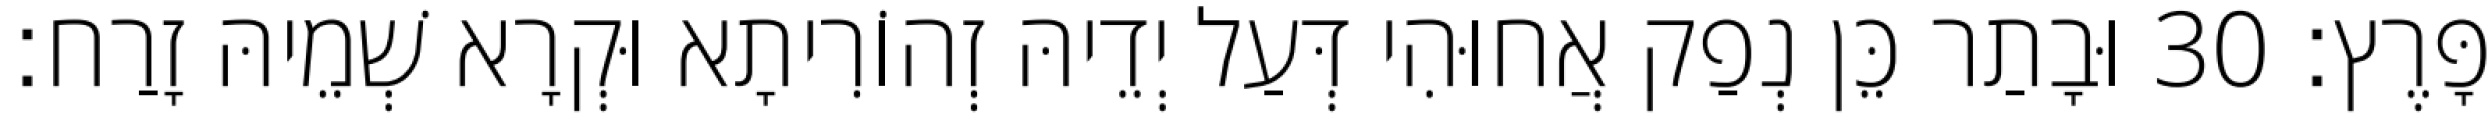
פָּרֶץ׃ 30 וּבָתַר כֵּן נְפַק אֲחוּהִי דְּעַל יְדֵיהּ זְהוֹרִיתָא וּקְרָא שְׁמֵיהּ זָרַח׃